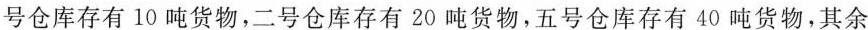
号仓库存有10吨货物，二号仓库存有20吨货物，五号仓库存有40吨货物，其余